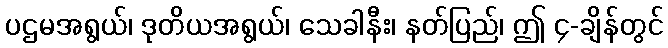
ပဌမအရွယ်၊ ဒုတိယအရွယ်၊ သေခါနီး၊ နတ်ပြည်၊ ဤ ၄-ချိန်တွင်